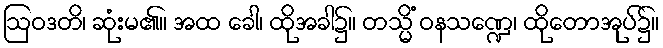
ဩဝဒတိ၊ ဆုံးမ၏။ အထ ခေါ၊ ထိုအခါ၌။ တသ္မိံ ဝနသဏ္ဍေ၊ ထိုတောအုပ်၌။